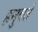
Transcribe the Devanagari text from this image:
हनुवते